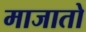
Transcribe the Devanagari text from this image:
माजातो